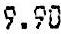
9.90